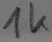
Text: 1k